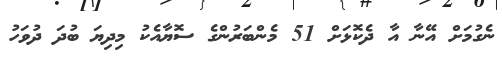
ނެގުމަށް އޭނާ އާ ދެކޮޅަށް 51 މެންބަރުންގެ ސޮޔާއެކު މިދިޔަ ބުދަ ދުވަހު